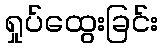
ရှုပ်ထွေးခြင်း